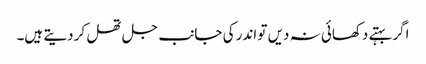
اگر بہتے دکھائی نہ دیں تو اندر کی جانب جل تھل کر دیتے ہیں۔